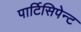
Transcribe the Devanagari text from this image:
पार्टिसिपेन्ट